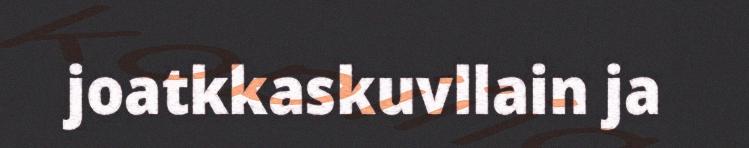
joatkkaskuvllain ja